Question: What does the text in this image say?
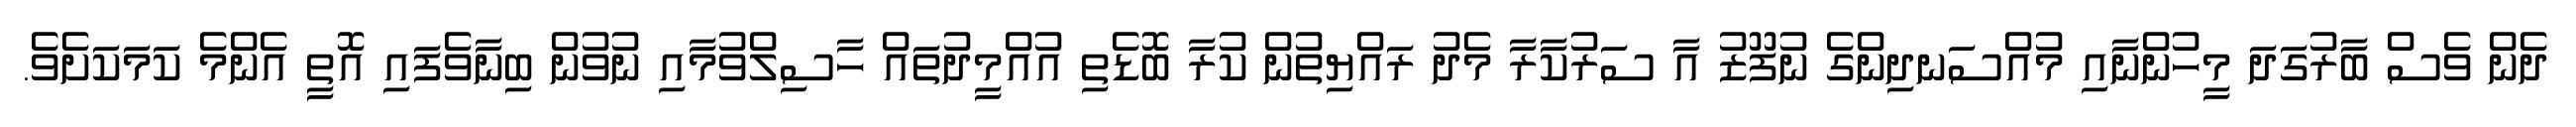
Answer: ދެން ވެސް ބާރުގަދަ މީހުންނާއި މުއްސަނދިންގެ ނުފޫޒު އާ ސަރުކާރާ މެދު ރައްޔިތުން ކުރާ ބޮޑެތި އުއްމީދުތައް ހާސިލްވުމާއި ނުވުން ބިނާވެފައި އޮތީ އެންމެ ކަމަކަށެވެ.